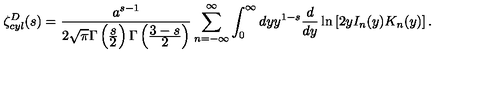
\zeta _ { c y l } ^ { D } ( s ) = \frac { a ^ { s - 1 } } { 2 \sqrt { \pi } \Gamma \left( \frac { \displaystyle s } { \displaystyle 2 } \right) \Gamma \left( \frac { \displaystyle 3 - s } { \displaystyle 2 } \right) } \sum _ { n = - \infty } ^ { \infty } \int _ { 0 } ^ { \infty } d y y ^ { 1 - s } \frac { d } { d y } \ln \left[ 2 y I _ { n } ( y ) K _ { n } ( y ) \right] .